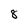
Character: 8